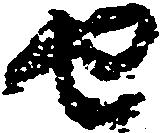
由